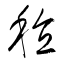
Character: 稙